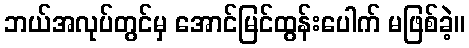
ဘယ်အလုပ်တွင်မှ အောင်မြင်ထွန်းပေါက် မဖြစ်ခဲ့။